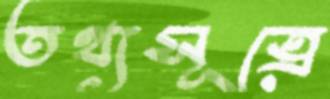
তথ্যসূত্রে